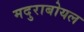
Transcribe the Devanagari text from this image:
मदुराबोयल